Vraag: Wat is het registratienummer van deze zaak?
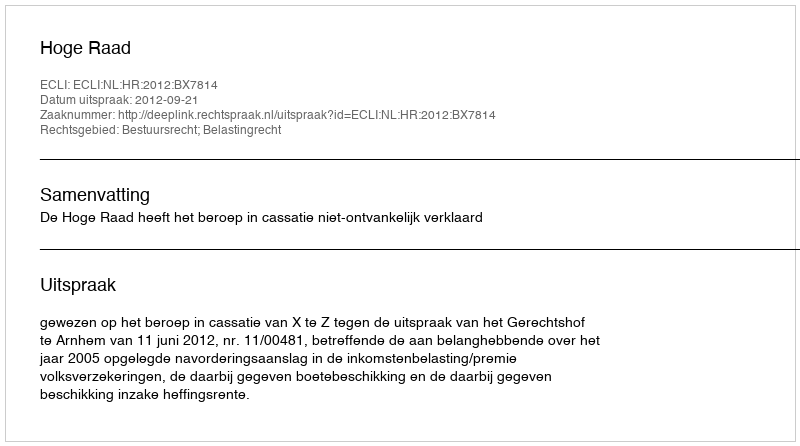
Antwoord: http://deeplink.rechtspraak.nl/uitspraak?id=ECLI:NL:HR:2012:BX7814